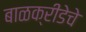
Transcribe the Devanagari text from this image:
बाळक्रीडेचे